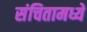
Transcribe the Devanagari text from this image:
संचितामध्ये